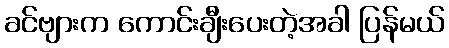
ခင်ဗျားက ကောင်းချီးပေးတဲ့အခါ ပြန်မယ်